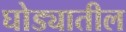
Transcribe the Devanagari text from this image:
घोड्यातील